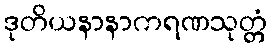
ဒုတိယနာနာကရဏသုတ္တံ